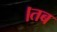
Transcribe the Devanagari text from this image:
।तब